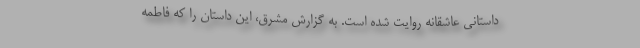
داستانی عاشقانه روایت شده است. به گزارش مشرق، این داستان را که فاطمه